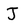
Character: J